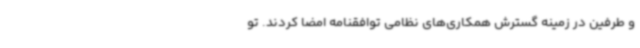
و طرفین در زمینه گسترش‌ همکاری‌های نظامی توافقنامه امضا کردند. تو